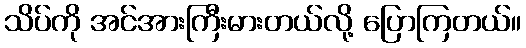
သိပ်ကို အင်အားကြီးမားတယ်လို့ ပြောကြတယ်။